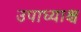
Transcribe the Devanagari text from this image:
उपाध्याश्च